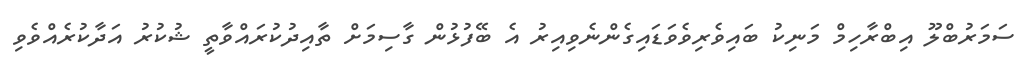
ސަމަރުބްލޫ އިބްރާހިމް މަނިކު ބައިވެރިވެވަޑައިގެންނެވިއިރު އެ ބޭފުޅުން ގާސިމަށް ތާއިދުކުރައްވާތީ ޝުކުރު އަދާކުރެއްވެވި